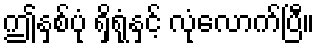
ဤနှစ်ပုံ ရှိရုံနှင့် လုံလောက်ပြီ။